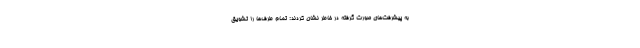
به پیشرفت‌های صورت گرفته در خاطر نشان کردند: تمام طرف‌ها را تشویق